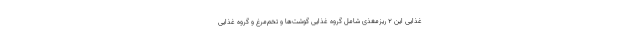
غذایی این ۲ ریزمغذی شامل گروه غذایی گوشت‌ها و تخم‌مرغ و گروه غذایی